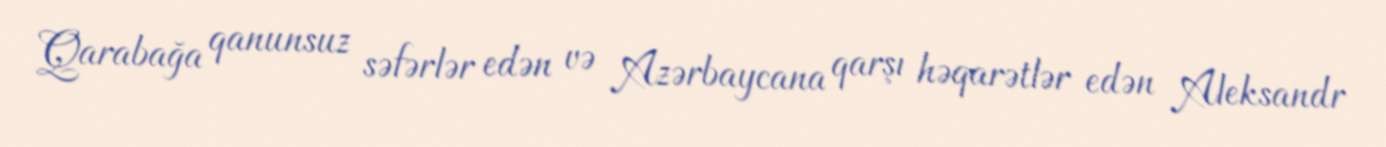
Qarabağa qanunsuz səfərlər edən və Azərbaycana qarşı həqarətlər edən Aleksandr